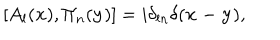
LaTeX: [ A _ { l } ( { \bf x } ) , \Pi _ { n } ( { \bf y } ) ] = i \delta _ { l n } \delta ( { \bf x - y } ) ,